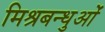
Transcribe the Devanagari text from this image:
मिश्रबन्धुओं